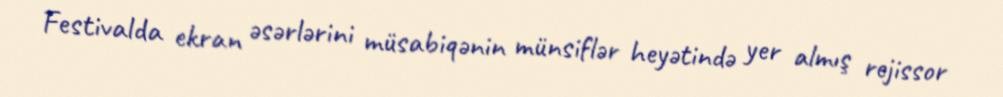
Festivalda ekran əsərlərini müsabiqənin münsiflər heyətində yer almış rejissor